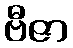
ဗီဇာ